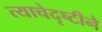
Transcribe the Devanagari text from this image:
त्याचेदृष्टीने